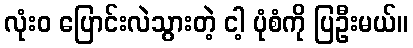
လုံးဝ ပြောင်းလဲသွားတဲ့ ငါ့ ပုံစံကို ပြဦးမယ်။